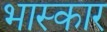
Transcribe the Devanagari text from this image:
भास्कार